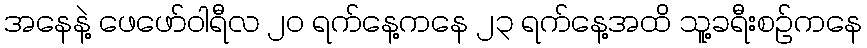
အနေနဲ့ ဖေဖော်ဝါရီလ ၂၀ ရက်နေ့ကနေ ၂၃ ရက်နေ့အထိ သူ့ခရီးစဉ်ကနေ